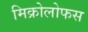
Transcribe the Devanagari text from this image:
मिक्रोलोफस